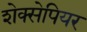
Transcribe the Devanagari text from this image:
शेक्सेपियर